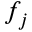
f _ { j }